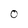
Character: 0